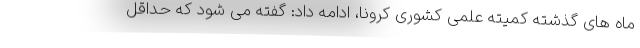
ماه های گذشته کمیته علمی کشوری کرونا، ادامه داد: گفته می شود که حداقل